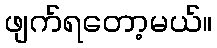
ဖျက်ရတော့မယ်။